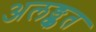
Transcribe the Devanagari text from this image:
अलङ्कृत